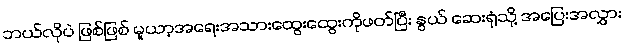
ဘယ်လိုပဲ ဖြစ်ဖြစ် မူယာ့အရေးအသားထွေးထွေးကိုဖတ်ပြီး နွယ် ဆေးရုံသို့ အပြေးအလွှား